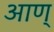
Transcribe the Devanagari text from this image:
आण्